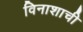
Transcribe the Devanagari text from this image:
विनाशाची